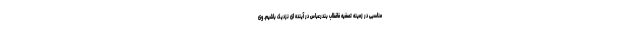
مناسبی در زمینه تصفیه فاضلاب بندرعباس در آینده ای نزدیک باشیم. وی